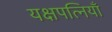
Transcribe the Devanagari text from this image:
यक्षपत्नियाँ